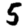
Digit: 5